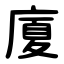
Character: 廈